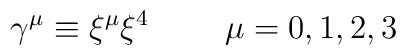
\gamma^{\mu} \equiv \xi^{\mu} \xi^{4}~~~~~~~\mu=0,1,2,3